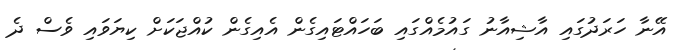
އޭނާ ހަރަދުގައި އާޝިއާނު ގައުމެއްގައި ބަހައްޓައިގެން އެއިގެން ކުއްޖަކަށް ކިޔަވައި ވެސް ދެ